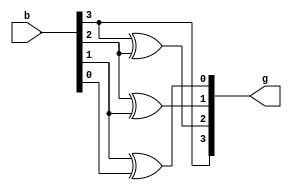
// 4bit binary to gray
module ex7(input [3:0]b,output [3:0]g);
buf (g[3],b[3]);
xor(g[2],b[3],b[2]);
xor(g[1],b[2],b[1]);
xor(g[0],b[1],b[0]);
endmodule


module tb;
reg[3:0]b;
wire[3:0]g;
ex7 i1(b,g);
initial begin
$display("\t\t      Binary      Gray");
$monitor($time,"   %b         %b",b,g);
 #0 b=4'b0000;
#10 b=4'b0001;
#10 b=4'b0010;
#10 b=4'b0011;
#10 b=4'b0100;
#10 b=4'b0101;
#10 b=4'b0110;
#10 b=4'b0111;
#10 b=4'b1000;
#10 b=4'b1001;
#10 b=4'b1010;
#10 b=4'b1011;
#10 b=4'b1100;
#10 b=4'b1101;
#10 b=4'b1110;
#10 b=4'b1111;
end
endmodule